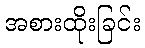
အစားထိုးခြင်း